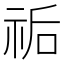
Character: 𥙐